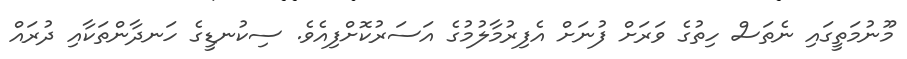
މޫނުމަތީގައި ނެތަސް ހިތުގެ ވަރަށް ފުނަށް އެފިރުމާލުމުގެ އަސަރުކޮށްފިއެވެ. ސިކުނޑީގެ ހަނދާންތަކާއި ދުރައް